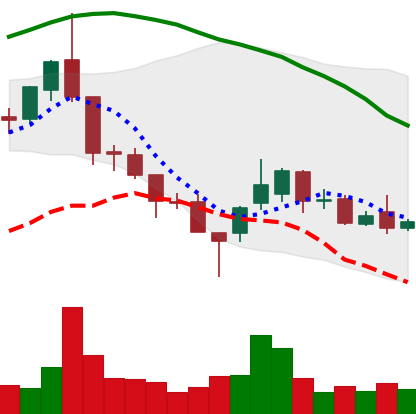
Ticker: ETC-USD
Chart end date: 2018-08-23
Forward return: 6.371%
Label: up_5_7